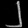
Digit: ၂